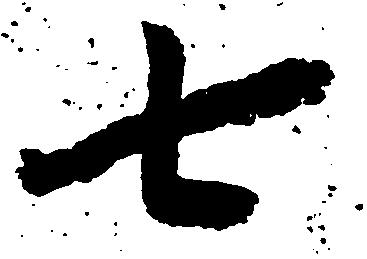
七